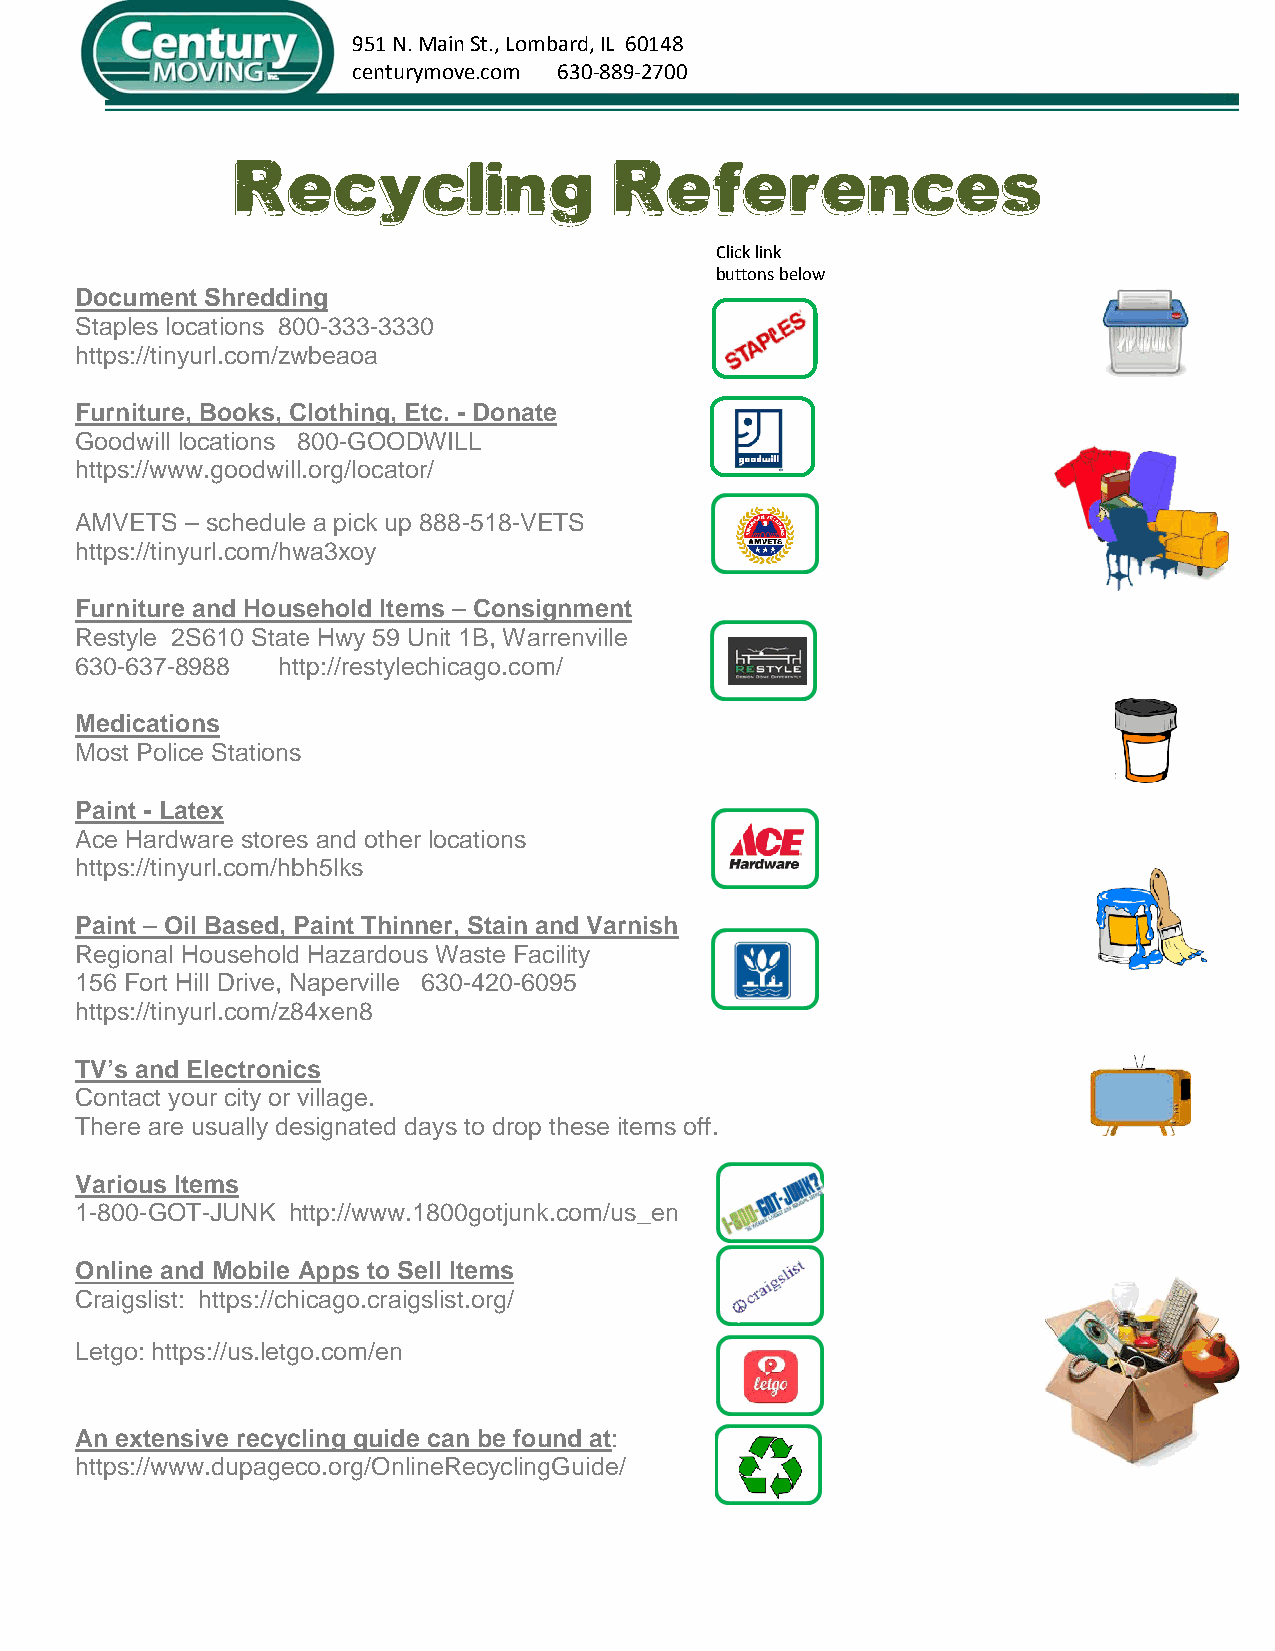
951 N. Main St., Lombard, IL 60148
 centurymove.com 630-889-2700
 Recycling                 References
 Click link
 buttons below
 Document Shredding
 Staples locations 800-333-3330
 https://tinyurl.com/zwbeaoa
 Furniture, Books, Clothing, Etc. - Donate
 Goodwill locations 800-GOODWILL
 https://www.goodwill.org/locator/
 AMVETS – schedule a pick up 888-518-VETS
 https://tinyurl.com/hwa3xoy
 Furniture and Household Items – Consignment
 Restyle 2S610 State Hwy 59 Unit 1B, Warrenville
 630-637-8988  http://restylechicago.com/
 Medications
 Most Police Stations
 Paint - Latex
 Ace Hardware stores and other locations
 https://tinyurl.com/hbh5lks
 Paint – Oil Based, Paint Thinner, Stain and Varnish
 Regional Household Hazardous Waste Facility
 156 Fort Hill Drive, Naperville 630-420-6095
 https://tinyurl.com/z84xen8
 TV’s and Electronics
 Contact your city or village.
 There are usually designated days to drop these items off.
 Various Items
 1-800-GOT-JUNK http://www.1800gotjunk.com/us_en
 Online and Mobile Apps to Sell Items
 Craigslist: https://chicago.craigslist.org/
 Letgo: https://us.letgo.com/en
 An extensive recycling guide can be found at:
 https://www.dupageco.org/OnlineRecyclingGuide/